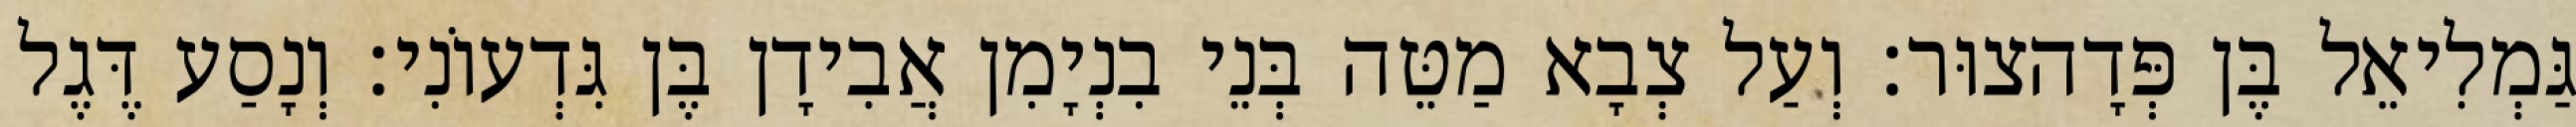
גַּמְלִיאֵל בֶּן פְּדָהצוּר׃ וְעַל צְבָא מַטֵּה בְּנֵי בִנְיָמִן אֲבִידָן בֶּן גִּדְעוֹנִי׃ וְנָסַע דֶּגֶל